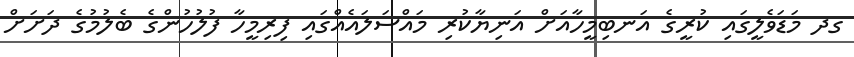
ގދ މަޑަވެލީގައި ކުރީގެ އަނބިމީހާއަށް އަނިޔާކުރި މައްސަލައެއްގައި ފިރިމީހާ ފުލުހުންގެ ބެލުމުގެ ދަށަށް